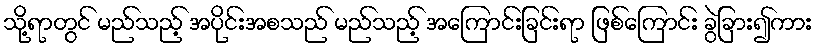
သို့ရာတွင် မည်သည့် အပိုင်းအစသည် မည်သည့် အကြောင်းခြင်းရာ ဖြစ်ကြောင်း ခွဲခြား၍ကား